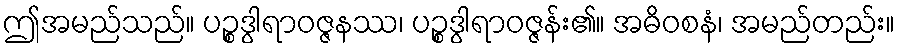
ဤအမည်သည်။ ပဉ္စဒွါရာဝဇ္ဇနဿ၊ ပဉ္စဒွါရာဝဇ္ဇန်း၏။ အဓိဝစနံ၊ အမည်တည်း။